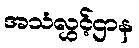
အသံလွှင့်ဌာန